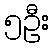
၅ဦး